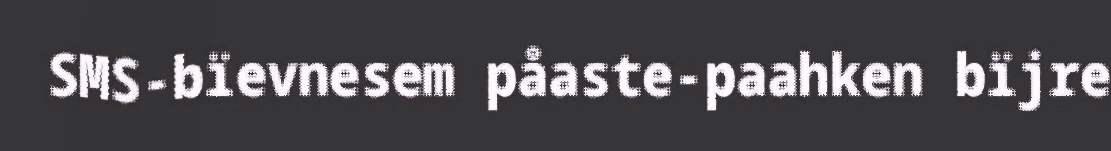
SMS-bïevnesem påaste-paahken bïjre